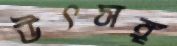
উৎসঙ্গ